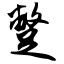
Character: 蹩